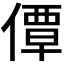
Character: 𫣗